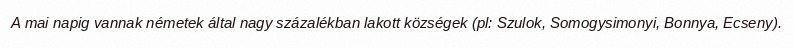
A mai napig vannak németek által nagy százalékban lakott községek (pl: Szulok, Somogysimonyi, Bonnya, Ecseny).